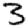
Digit: 3